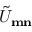
\tilde { U } _ { \mathbf { m } \mathbf { n } }